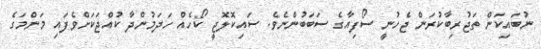
ނުބައިކަން ތަޖުރިބާކުރަން ޖެހުނީ ސޯފިއާގެ ސަބަބުންނެވެ. ސައިކޮލޮޖީ ކޯހެއް ހަދަމުންދާ ކުއްޖަކަށްވެފައި މަންމަގެ